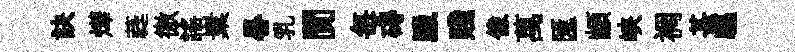
訣燁蕤徼謡嶪晷乳閴毎碍臘賤像萬匯顓峽裯甚驅